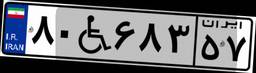
۸۰W۶۸۳۵۷